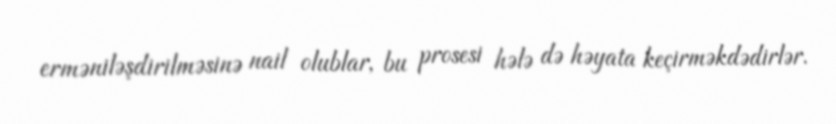
erməniləşdirilməsinə nail olublar, bu prosesi hələ də həyata keçirməkdədirlər.